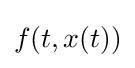
f(t,x(t))